Indian Medical Review
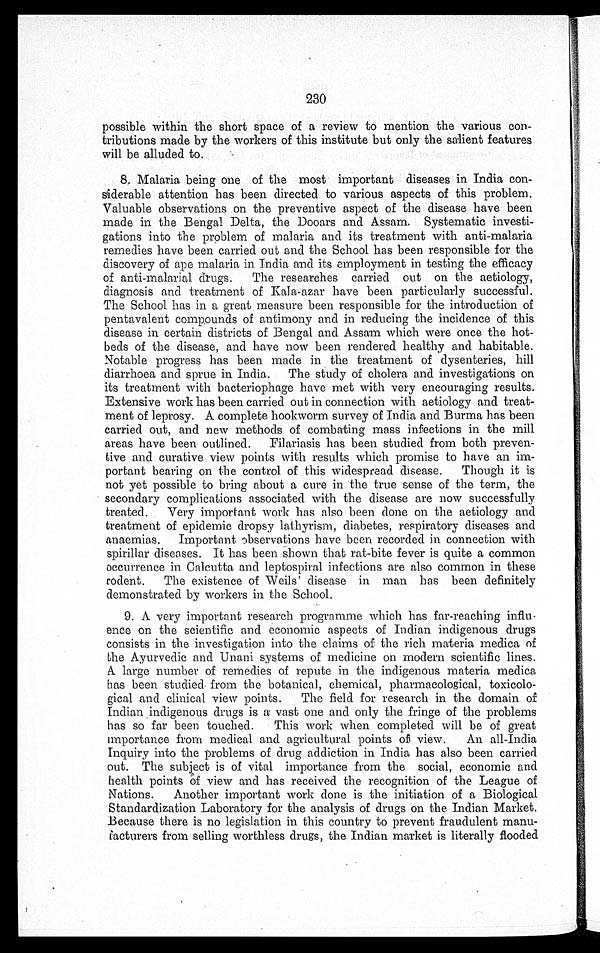
230
possible within the short space of a review to mention the various con-
tributions made by the workers of this institute but only the salient features
will be alluded to.
8. Malaria being one of the most important diseases in India con-
siderable attention has been directed to various aspects of this problem.
Valuable observations on the preventive aspect of the disease have been
made in the Bengal Delta, the Dooars and Assam. Systematic investi-
gations into the problem of malaria and its treatment with anti-malaria
remedies have been carried out and the School has been responsible for the
discovery of ape malaria in India and its employment in testing the efficacy
of anti-malarial drugs. The researches carried out on the aetiology,
diagnosis and treatment of Kala-azar have been particularly successful.
The School has in a great measure been responsible for the introduction of
pentavalent compounds of antimony and in reducing the incidence of this
disease in certain districts of Bengal and Assam which were once the hot-
beds of the disease, and have now been rendered healthy and habitable.
Notable progress has been made in the treatment of dysenteries, hill
diarrhoea and sprue in India. The study of cholera and investigations on
its treatment with bacteriophage have met with very encouraging results.
Extensive work has been carried out in connection with aetiology and treat-
ment of leprosy. A complete hookworm survey of India and Burma has been
carried out, and new methods of combating mass infections in the mill
areas have been outlined. Filariasis has been studied from both preven-
tive and curative view points with results which promise to have an im-
portant bearing on the control of this widespread disease. Though it is
not yet possible to bring about a cure in the true sense of the term, the
secondary complications associated with the disease are now successfully
treated. Very important work has also been done on the aetiology and
treatment of epidemic dropsy lathyrism, diabetes, respiratory diseases and
anaemias. Important observations have been recorded in connection with
spirillar diseases. It has been shown that rat-bite fever is quite a common
occurrence in Calcutta and leptospiral infections are also common in these
rodent. The existence of Weils' disease in man has been definitely
demonstrated by workers in the School.
9. A very important research programme which has far-reaching influ
-
ence on the scientific and economic aspects of Indian indigenous drugs
consists in the investigation into the claims of the rich materia medica of
the Ayurvedic and Unani systems of medicine on modern scientific lines.
A large number of remedies of repute in the indigenous materia medica
has been studied from the botanical, chemical, pharmacological, toxicolo- -
gical and clinical view points. The field for research in the domain of
I n d i a n i n d i g e n o u s d r u g s i s a v a s t o n e a n d o n l y t h e f r i n g e o f t h e p r o b l e m s
has so far been touched. This work when completed will be of great
importance from medical and agricultural points of view. An all-India
Inquiry into the problems of drug addiction in India has also been carried
out. The subject is of vital importance from the social, economic and
health points of view and has received the recognition of the League of
Nations. Another important work done is the initiation of a Biological
Standardization Laboratory for the analysis of drugs on the Indian Market.
Because there is no legislation in this country to prevent fraudulent manu-
f a c t u r e r s f r o m s e l l i n g w o r t h l e s s d r u g s , t h e I n d i a n m a r k e t i s l i t e r a l l y f l o o d e d